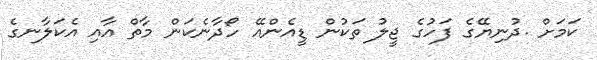
ކަމަށް .ދުނިޔޭގެ ފަހުގެ ޖީލު ތަކުން ޑީއެންއޭ ހޯދާނެކަން މާތް އާއި އެކަލާނގެ